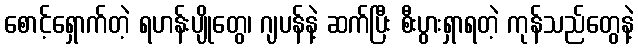
စောင့်ရှောက်တဲ့ ရဟန်းပျိုတွေ၊ ဂျပန်နဲ့ ဆက်ပြီး စီးပွားရှာရတဲ့ ကုန်သည်တွေနဲ့